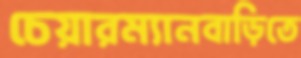
চেয়ারম্যানবাড়িতে